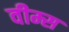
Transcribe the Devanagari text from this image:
वीम्स